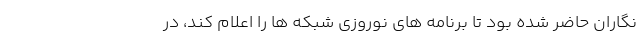
نگاران حاضر شده بود تا برنامه های نوروزی شبکه ها را اعلام کند، در